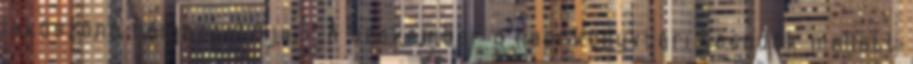
leköszönő főigazgatója.” „A szakember a napi könyvtári teendők mellett